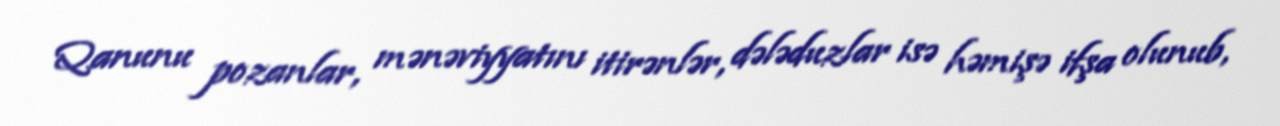
Qanunu pozanlar, mənəviyyatını itirənlər, dələduzlar isə həmişə ifşa olunub,